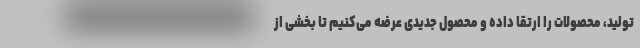
تولید،‌ محصولات را ارتقا داده و محصول جدیدی عرضه می‌کنیم تا بخشی از